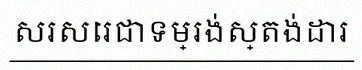
សរសេរជាទម្រង់ស្តង់ដារ